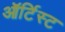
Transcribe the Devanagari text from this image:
ऑर्टिस्ट